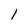
Character: l